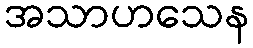
အသာဟသေန